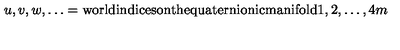
u , v , w , \dots = \mathrm { w o r l d i n d i c e s o n t h e q u a t e r n i o n i c m a n i f o l d } 1 , 2 , \dots , 4 m